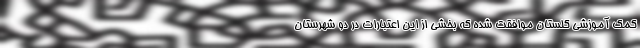
کمک آموزشی گلستان موافقت شده که بخشی از این اعتبارات در دو شهرستان